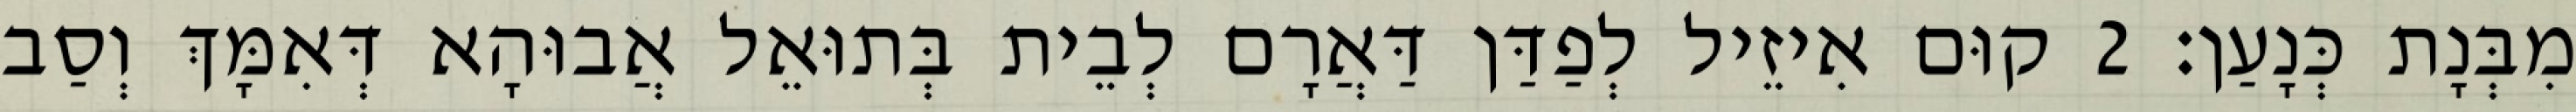
מִבְּנָת כְּנָעַן׃ 2 קוּם אִיזֵיל לְפַדַּן דַּאֲרָם לְבֵית בְּתוּאֵל אֲבוּהָא דְּאִמָּךְ וְסַב